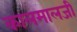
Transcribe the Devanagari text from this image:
कालमालजी